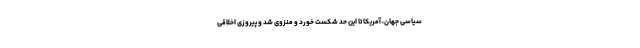
سیاسی جهان، آمریکا تا این حد شکست خورد و منزوی شد و پیروزی اخلاقی